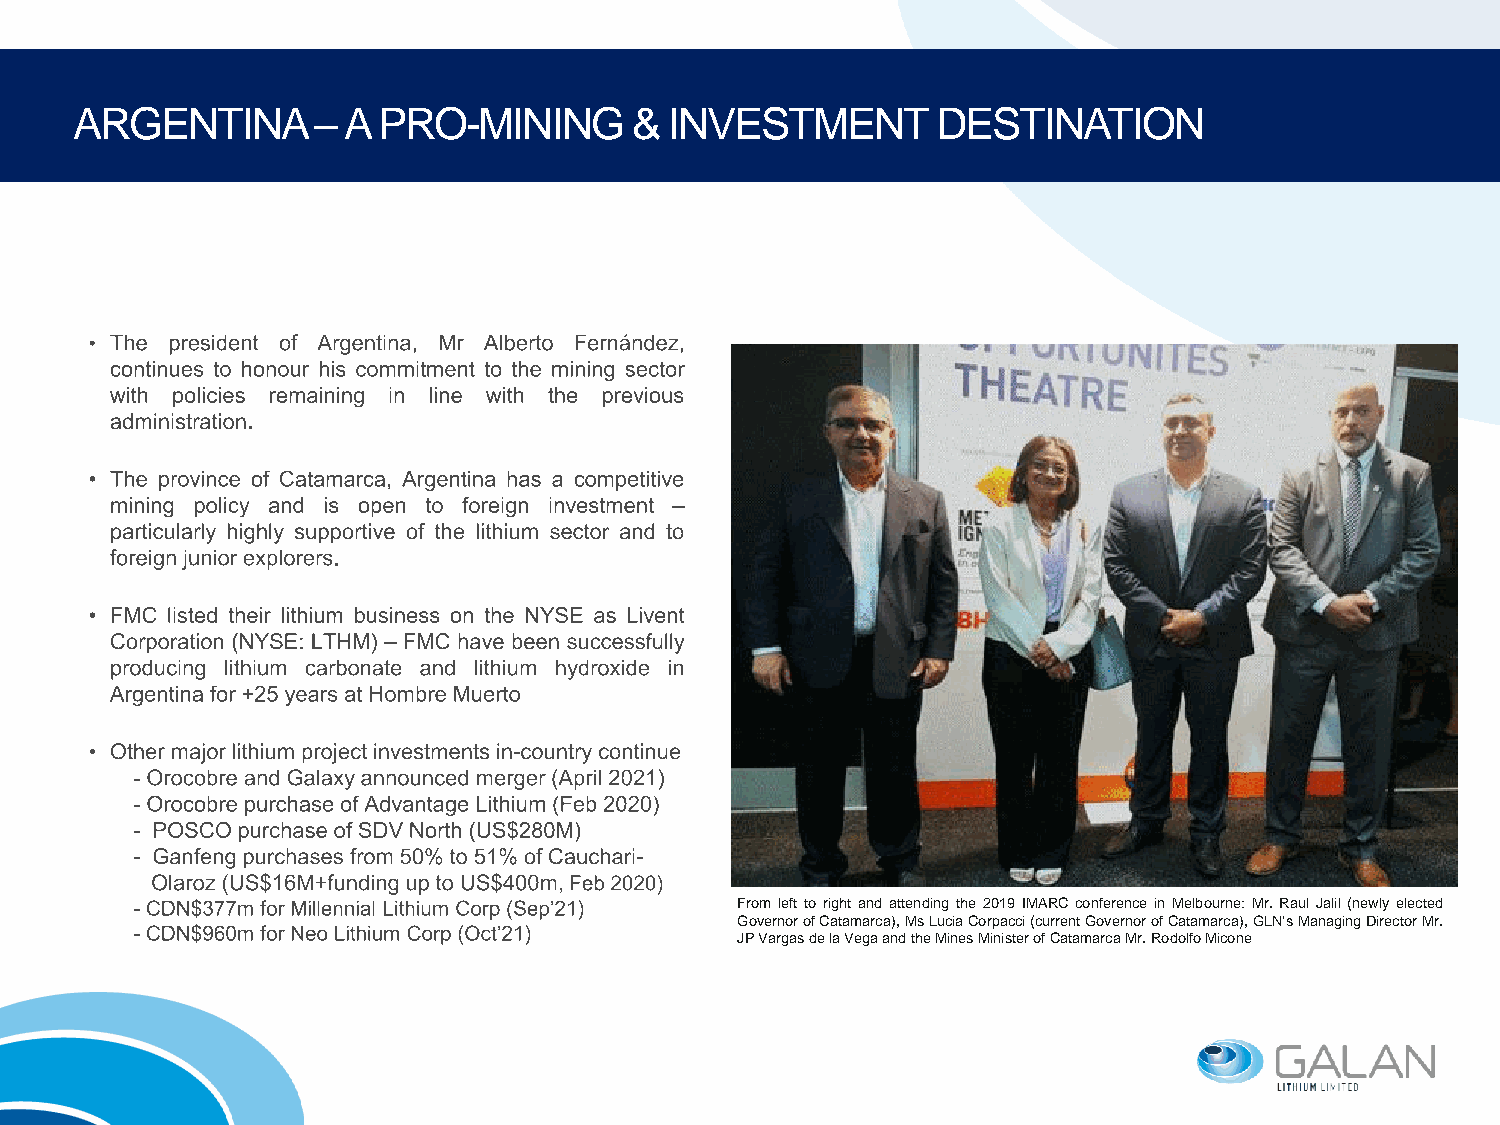
ARGENTINA       –A  PRO-MINING       & INVESTMENT        DESTINATION
 From left to right and attending the 2019 IMARC conference in Melbourne: Mr. Raul Jalil (newly elected
 GovernorofCatamarca),MsLuciaCorpacci(currentGovernorofCatamarca),GLN’sManagingDirectorMr.
 JPVargasdelaVegaandtheMinesMinisterofCatamarcaMr.RodolfoMicone